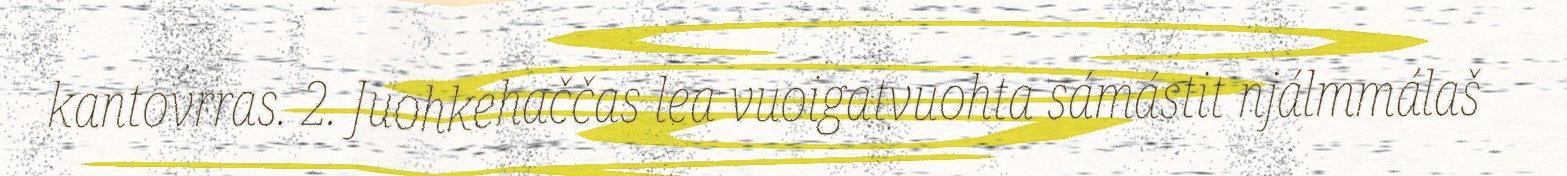
kantovrras. 2. Juohkehaččas lea vuoigatvuohta sámástit njálmmálaš